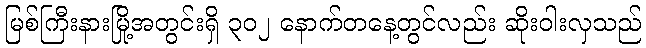
မြစ်ကြီးနားမြို့အတွင်းရှိ ၃၀၂ နောက်တနေ့တွင်လည်း ဆိုးဝါးလှသည်